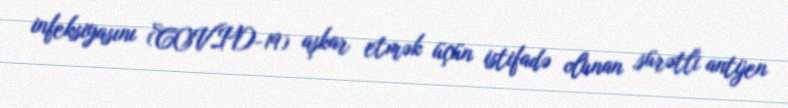
infeksiyasını (COVID-19) aşkar etmək üçün istifadə olunan sürətli antijen